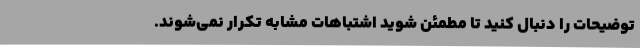
توضیحات را دنبال کنید تا مطمئن شوید اشتباهات مشابه تکرار نمی‌شوند.